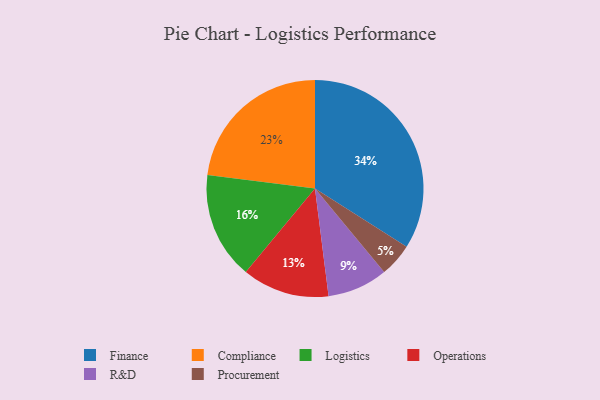
{"axis": {"x": "Category", "y": "Percentage"}, "legend": ["Compliance", "Finance", "Logistics", "Operations", "Procurement", "R&D"], "data": [{"x": "Finance", "y": 34, "type": "Finance"}, {"x": "Logistics", "y": 16, "type": "Logistics"}, {"x": "Procurement", "y": 5, "type": "Procurement"}, {"x": "R&D", "y": 9, "type": "R&D"}, {"x": "Compliance", "y": 23, "type": "Compliance"}, {"x": "Operations", "y": 13, "type": "Operations"}]}